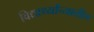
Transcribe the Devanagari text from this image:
विद्यार्थ्यांच्यातील